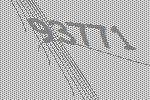
93771